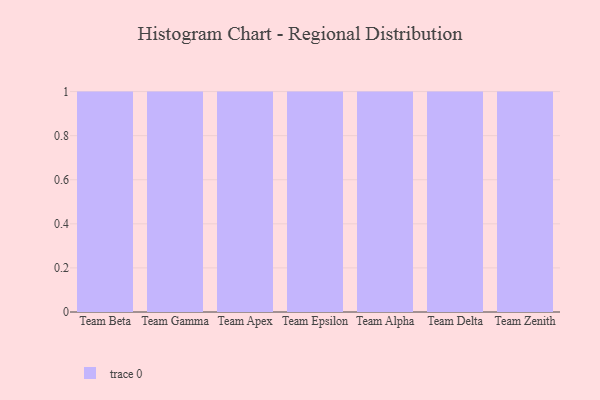
{"axis": {"x": "Team", "y": "Gross Profit (USD K)"}, "legend": [""], "data": [{"x": "Team Beta", "y": 57, "type": ""}, {"x": "Team Gamma", "y": 44, "type": ""}, {"x": "Team Apex", "y": 50, "type": ""}, {"x": "Team Epsilon", "y": 99, "type": ""}, {"x": "Team Alpha", "y": 45, "type": ""}, {"x": "Team Delta", "y": 77, "type": ""}, {"x": "Team Zenith", "y": 47, "type": ""}]}